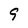
Character: 9